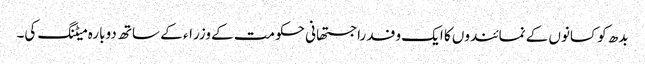
بدھ کو کسانوں کے نمائندوں کا ایک وفد راجستھانی حکومت کے وزراء کے ساتھ دوبارہ میٹنگ کی۔